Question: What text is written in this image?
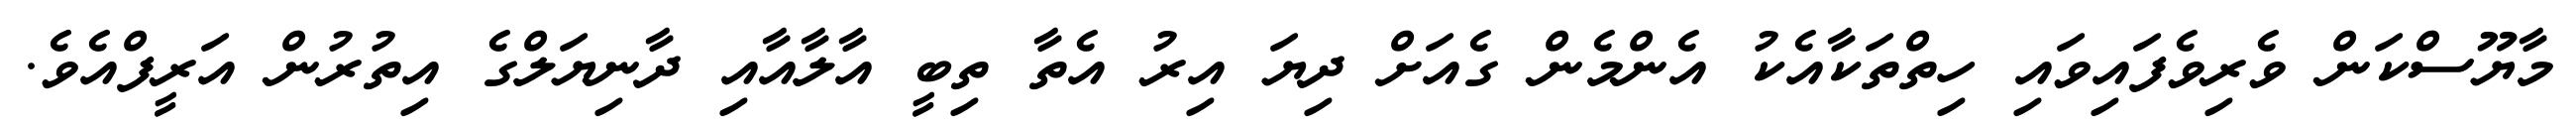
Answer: މާޔޫސްކަން ވެރިވެފައިވައި ހިތްތަކާއެކު އެންމެން ގެއަށް ދިޔަ އިރު އެތާ ތިބީ އާލާއާއި ދާނިޔަލްގެ އިތުރުން އަރީފްއެވެ.